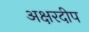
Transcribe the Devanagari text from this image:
अक्षरदीप